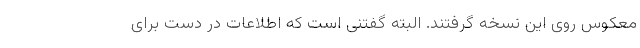
معکوس روی این نسخه گرفتند. البته گفتنی است که اطلاعات در دست برای